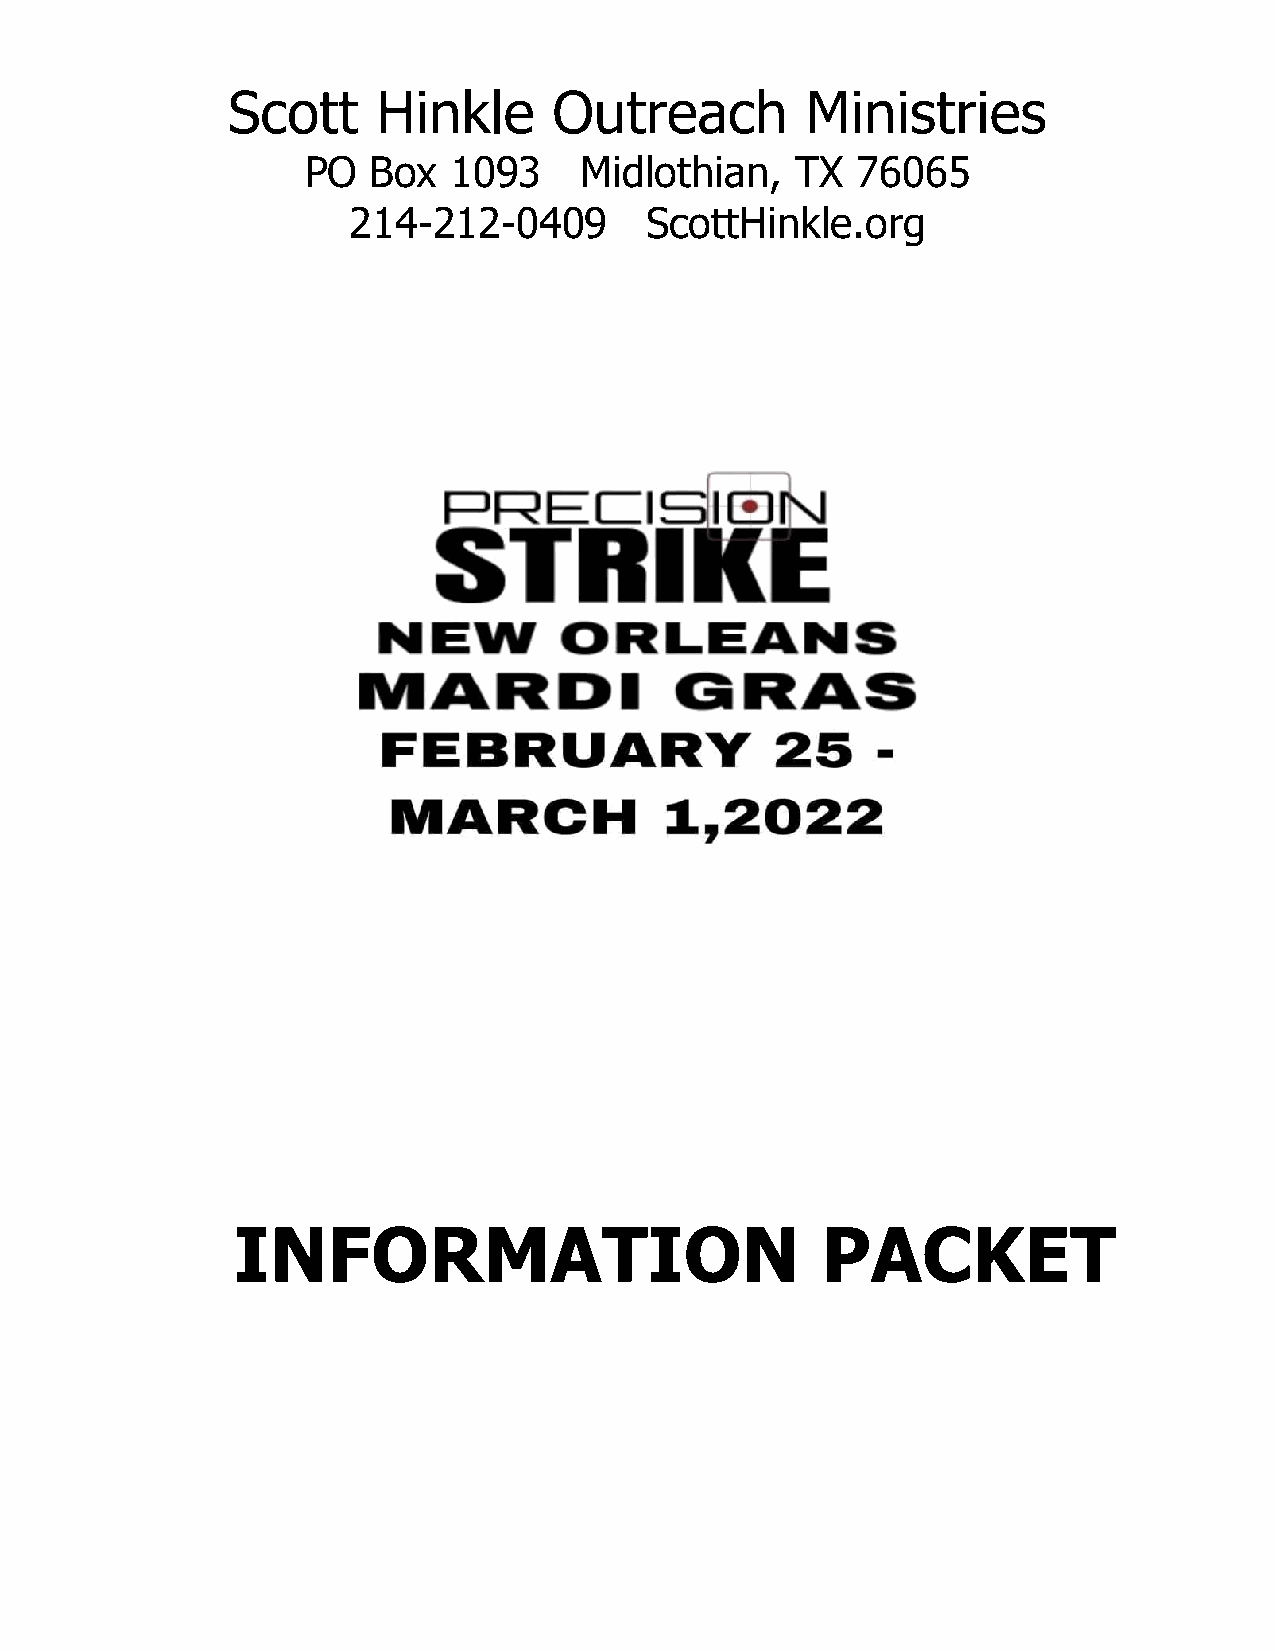
Scott     Hinkle      Outreach        Ministries
 PO  Box   1093    Midlothian,    TX  76065
 214-212-0409        ScottHinkle.org
 INFORMATION                            PACKET